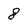
Character: 8